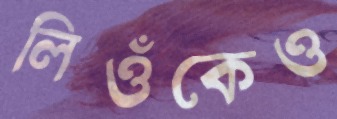
লিওঁকেও